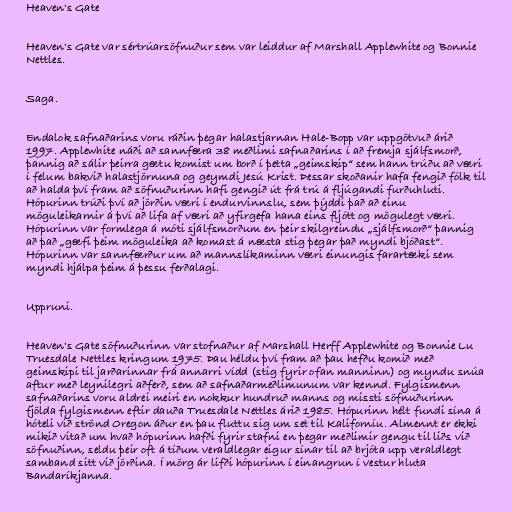
Heaven's Gate

Heaven's Gate var sértrúarsöfnuður sem var leiddur af Marshall Applewhite og Bonnie
Nettles.

Saga.

Endalok safnaðarins voru ráðin þegar halastjarnan Hale-Bopp var uppgötvuð árið
1997. Applewhite náði að sannfæra 38 meðlimi safnaðarins í að fremja sjálfsmorð,
þannig að sálir þeirra gætu komist um borð í þetta „geimskip“ sem hann trúðu að væri
í felum bakvið halastjörnuna og geymdi Jesú Krist. Þessar skoðanir hafa fengið fólk til
að halda því fram að söfnuðurinn hafi gengið út frá trú á fljúgandi furðuhluti.
Hópurinn trúði því að jörðin væri í endurvinnslu, sem þýddi það að einu
möguleikarnir á því að lifa af væri að yfirgefa hana eins fljótt og mögulegt væri.
Hópurinn var formlega á móti sjálfsmorðum en þeir skilgreindu „sjálfsmorð“ þannig
að það „gæfi þeim möguleika að komast á næsta stig þegar það myndi bjóðast“.
Hópurinn var sannfærður um að mannslíkaminn væri einungis farartæki sem
myndi hjálpa þeim á þessu ferðalagi.

Uppruni.

Heaven's Gate söfnuðurinn var stofnaður af Marshall Herff Applewhite og Bonnie Lu
Truesdale Nettles kringum 1975. Þau héldu því fram að þau hefðu komið með
geimskipi til jarðarinnar frá annarri vídd (stig fyrir ofan manninn) og myndu snúa
aftur með leynilegri aðferð, sem að safnaðarmeðlimunum var kennd. Fylgismenn
safnaðarins voru aldrei meiri en nokkur hundruð manns og missti söfnuðurinn
fjölda fylgismenn eftir dauða Truesdale Nettles árið 1985. Hópurinn hélt fundi sína á
hóteli við strönd Oregon áður en þau fluttu sig um set til Kaliforníu. Almennt er ekki
mikið vitað um hvað hópurinn hafði fyrir stafni en þegar meðlimir gengu til liðs við
söfnuðinn, seldu þeir oft á tíðum veraldlegar eigur sínar til að brjóta upp veraldlegt
samband sitt við jörðina. Í mörg ár lifði hópurinn í einangrun í vestur hluta
Bandaríkjanna.